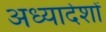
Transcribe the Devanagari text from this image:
अध्‍यादेशों